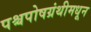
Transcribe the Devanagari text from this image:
पश्चपोषग्रंथीमधून